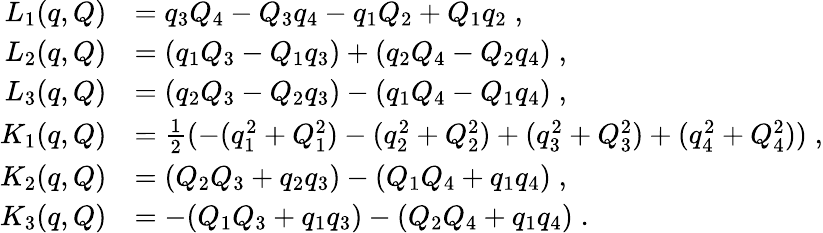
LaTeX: \begin{array}{rl}{L_{1}(q,Q)}&{=q_{3}Q_{4}-Q_{3}q_{4}-q_{1}Q_{2}+Q_{1}q_{2}\; ,}\\ {L_{2}(q,Q)}&{=(q_{1}Q_{3}-Q_{1}q_{3})+(q_{2}Q_{4}-Q_{2}q_{4})\; ,}\\ {L_{3}(q,Q)}&{=(q_{2}Q_{3}-Q_{2}q_{3})-(q_{1}Q_{4}-Q_{1}q_{4})\; ,}\\ {K_{1}(q,Q)}&{=\frac{1}{2}(-(q_{1}^{2}+Q_{1}^{2})-(q_{2}^{2}+Q_{2}^{2})+(q_{3}^{2}+Q_{3}^{2})+(q_{4}^{2}+Q_{4}^{2}))\; ,}\\ {K_{2}(q,Q)}&{=(Q_{2}Q_{3}+q_{2}q_{3})-(Q_{1}Q_{4}+q_{1}q_{4})\; ,}\\ {K_{3}(q,Q)}&{=-(Q_{1}Q_{3}+q_{1}q_{3})-(Q_{2}Q_{4}+q_{1}q_{4})\; .}\end{array}